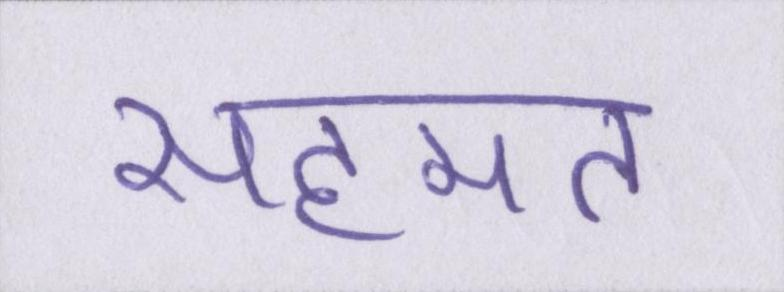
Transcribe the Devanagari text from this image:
सहमत